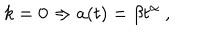
k = 0 \Rightarrow a ( t ) = \beta t ^ { \alpha } ~ ,